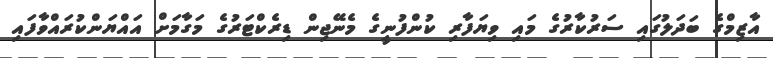
އާޒިމްގެ ބަދަލުގައި ސަރުކާރުގެ މައި ވިޔަފާރި ކުންފުނީގެ މެނޭޖިން ޑިރެކްޓަރުގެ މަގާމަށް އައްޔަންކުރައްވާފައި